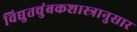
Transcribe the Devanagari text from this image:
विद्युतचुंबकशास्त्रानुसार